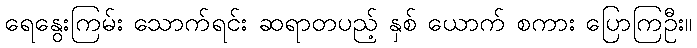
ရေနွေးကြမ်း သောက်ရင်း ဆရာတပည့် နှစ် ယောက် စကား ပြောကြဦး။